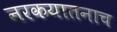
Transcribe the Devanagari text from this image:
नरकयातनाच